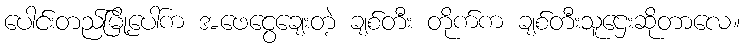
ပေါင်းတည်မြို့ပေါ်က အဖေငွေချေးတဲ့ ချစ်တီး တိုက်က ချစ်တီးသူဌေးဆိုတာလေ။